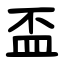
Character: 盃